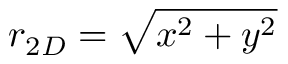
r _ { 2 D } = \sqrt { x ^ { 2 } + y ^ { 2 } }